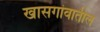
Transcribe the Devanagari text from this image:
खासगांवातील